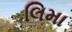
લિમા